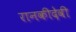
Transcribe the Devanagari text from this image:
रानकीदेवी